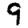
Digit: 9